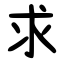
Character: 求